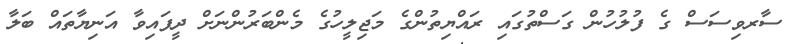
ސާރވިސަސް ގެ ފުލުހުން ގަސްތުގައި ރައްޔިތުންގެ މަޖިލީހުގެ މެންބަރުންނަށް ދީފައިވާ އަނިޔާތައް ބަލާ